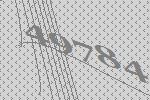
49784